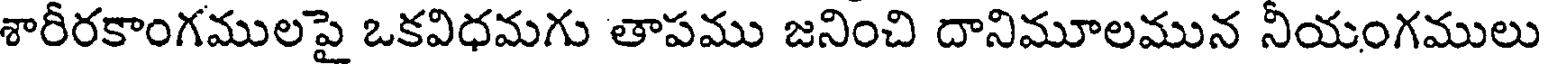
శారీరకాంగములపై ఒకవిధమగు తాపము జనించి దానిమూలమున నీయంగములు